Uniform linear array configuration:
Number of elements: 8
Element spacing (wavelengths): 0.25
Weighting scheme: uniform
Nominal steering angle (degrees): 60
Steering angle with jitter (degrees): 61.664
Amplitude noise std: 0.05
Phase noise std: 0.05

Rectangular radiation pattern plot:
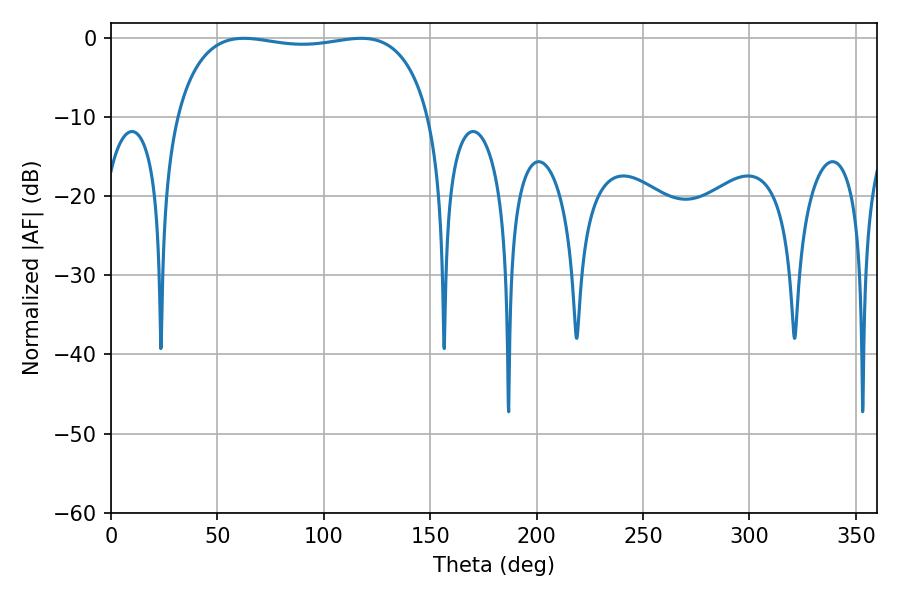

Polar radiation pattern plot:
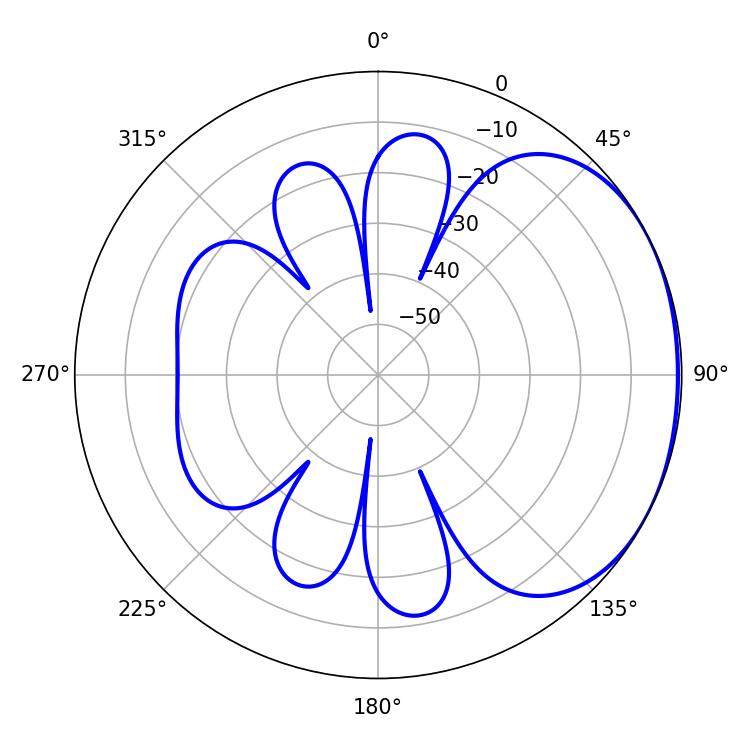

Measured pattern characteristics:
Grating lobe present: FALSE
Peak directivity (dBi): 1.637
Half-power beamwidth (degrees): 96.12
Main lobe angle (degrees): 62.46